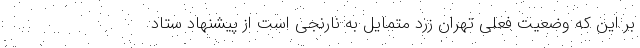
بر این که وضعیت فعلی تهران زرد متمایل به نارنجی است از پیشنهاد ستاد